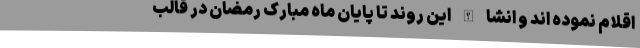
اقلام نموده اند و انشا الله این روند تا پایان ماه مبارک رمضان در قالب